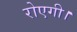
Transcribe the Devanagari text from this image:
रोएगी।